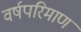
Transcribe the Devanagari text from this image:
वर्षपरिमाण